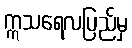
ဣသရေလပြည်မှ